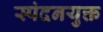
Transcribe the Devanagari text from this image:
स्पंदनयुक्त